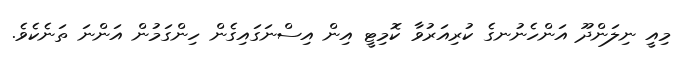
މިއީ ނިލަންދޫ އަންހެނުނގެ ކުރިއަރުވާ ކޮމިޓީ އިން އިސްނަގައިގެން ހިންގަމުން އަންނަ ތަނެކެވެ.